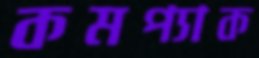
কমপ্যাক